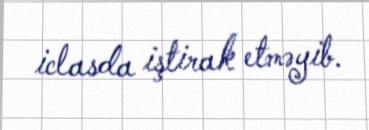
iclasda iştirak etməyib.